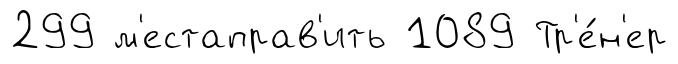
299 м'естаправ'ить 1089 Тр'е́н'ер